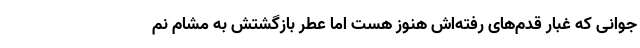
جوانی که غبار قدم‌های رفته‌اش هنوز هست اما عطر بازگشتش به مشام نم